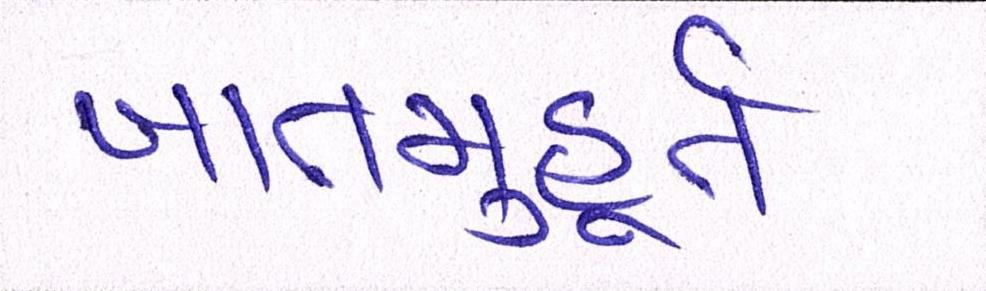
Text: ખાતમુહૂર્ત